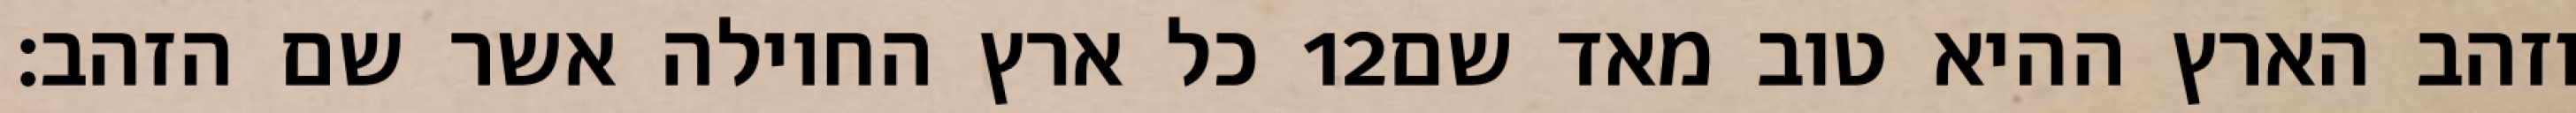
כל ארץ החוילה אשר שם הזהב׃ ‎12‏ וזהב הארץ ההיא טוב מאד שם